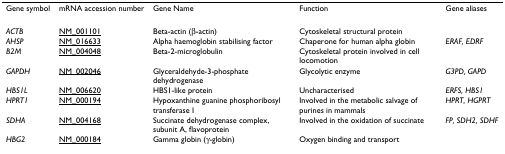
| Gene symbol | mRNA accession number | Gene Name | Function | Gene aliases |
 | --- | --- | --- | --- | --- |
 | ACTB | NM_001101 | Beta-actin (β-actin) | Cytoskeletal structural protein |  |
 | AHSP | NM_016633 | Alpha haemoglobin stabilising factor | Chaperone for human alpha globin | ERAF, EDRF |
 | B2M | NM_004048 | Beta-2-microglobulin | Cytoskeletal protein involved in cell locomotion |  |
 | GAPDH | NM_002046 | Glyceraldehyde-3-phosphate dehydrogenase | Glycolytic enzyme | G3PD, GAPD |
 | HBS1L | NM_006620 | HBS1-like protein | Uncharacterised | ERFS, HBS1 |
 | HPRT1 | NM_000194 | Hypoxanthine guanine phosphoribosyl transferase I | Involved in the metabolic salvage of purines in mammals | HPRT, HGPRT |
 | SDHA | NM_004168 | Succinate dehydrogenase complex, subunit A, flavoprotein | Involved in the oxidation of succinate | FP, SDH2, SDHF |
 | HBG2 | NM_000184 | Gamma globin (γ-globin) | Oxygen binding and transport |  |